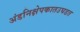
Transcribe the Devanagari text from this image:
अंडनिक्षेपकातउघडत